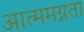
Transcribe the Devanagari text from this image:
आत्ममग्नता